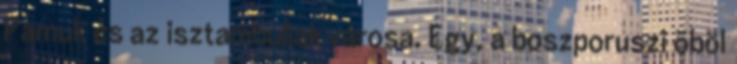
Pamuk és az isztambuliak városa. Egy, a boszporuszi öböl